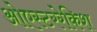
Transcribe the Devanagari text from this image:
ओएस्टररेकिश